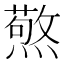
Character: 𭶍